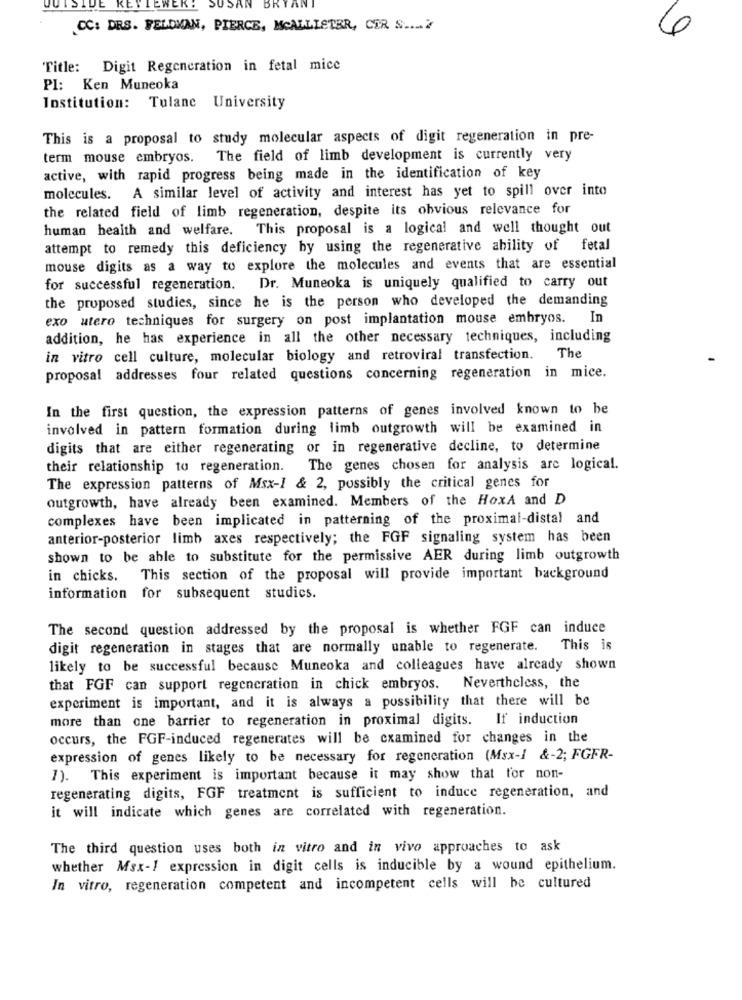
JUISTDE
KE SUSAN
BR
CC: DRS. FELDMAN, PIERCE, MCALLISTER, CER S ....?
6
Title:
Digit Regeneration in fetal mice
PI: Ken Muneoka
Institution: Tulane University
This is a proposal to study molecular aspects of digit regeneration in pre-
term mouse embryos. The field of limb development is currently very
active, with rapid progress being made in the identification of key
molecules. A similar level of activity and interest has yet to spill over into
the related field of limb regeneration, despite its obvious relevance for
human health and welfare. This proposal is a logical and well thought out
attempt to remedy this deficiency by using the regenerative ability of fetal
mouse digits as a way to explore the molecules and events that are essential
for successful regeneration. Dr. Muneoka is uniquely qualified to carry out
the proposed studies, since he is the person who developed the demanding
exo utero techniques for surgery on post implantation mouse embryos. In
addition, he has experience in all the other necessary techniques, including
in vitro cell culture, molecular biology and retroviral transfection.
The
proposal addresses four related questions concerning regeneration in mice.
In the first question, the expression patterns of genes involved known to be
involved in pattern formation during limb outgrowth will be examined in
digits that are either regenerating or in regenerative decline, to determine
their relationship to regeneration. The genes chosen for analysis are logical.
The expression patterns of Msx-1 & 2, possibly the critical genes for
outgrowth, have already been examined. Members of the HoxA and D
complexes have been implicated in patterning of the proximal-distal and
anterior-posterior limb axes respectively; the FGF signaling system has been
shown to be able to substitute for the permissive AER during limb outgrowth
in chicks. This section of the proposal will provide important background
information for subsequent studics.
The second question addressed by the proposal is whether FGF can induce
digit regeneration in stages that are normally unable to regenerate. This is
likely to be successful because Muneoka and colleagues have already shown
that FGF can support regeneration in chick embryos. Nevertheless, the
experiment is important, and it is always a possibility that there will be
more than one barrier to regeneration in proximal digits. If induction
occurs, the FGF-induced regenerates will be examined for changes in the
expression of genes likely to be necessary for regeneration (Msx-1 &-2; FGFR-
7). This experiment is important because it may show that for non-
regenerating digits, FGF treatment is sufficient to induce regeneration, and
it will indicate which genes are correlated with regeneration.
The third question uses both in vitro and in vivo approaches to ask
whether Msx-1 expression in digit cells is inducible by a wound epithelium.
In vitro, regeneration competent and incompetent cells will be cultured